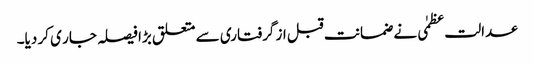
عدالت عظمٰی نے ضمانت قبل از گرفتاری سے متعلق بڑا فیصلہ جار ی کر دیا۔